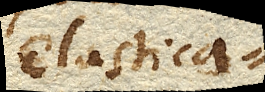
Elastica